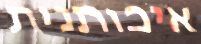
איכותנית